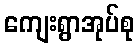
ကျေးရွာအုပ်စု